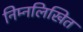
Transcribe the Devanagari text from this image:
निम्‍नलिखित